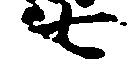
七